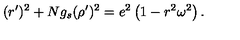
( r ^ { \prime } ) ^ { 2 } + N g _ { s } ( \rho ^ { \prime } ) ^ { 2 } = e ^ { 2 } \left( 1 - r ^ { 2 } \omega ^ { 2 } \right) .